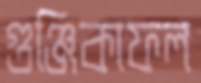
গুঞ্জিকাফল